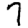
Digit: 7